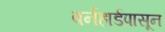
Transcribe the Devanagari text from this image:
बर्नहार्डपासून